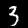
Label: 3